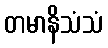
တမာနိသံသံ